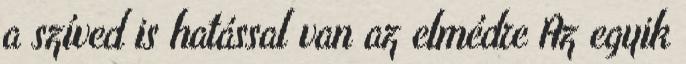
a szíved is hatással van az elmédre Az egyik